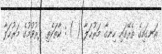
އަނގައިގެ ތެރޭގައި ހިނގާ މަރުޙަލާ ( ) : ކާތަކެތި ދިރުވުމުގެ މަރުޙަލާ